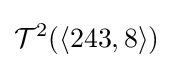
{\mathcal {T}}^{2}(\langle 243,8\rangle )